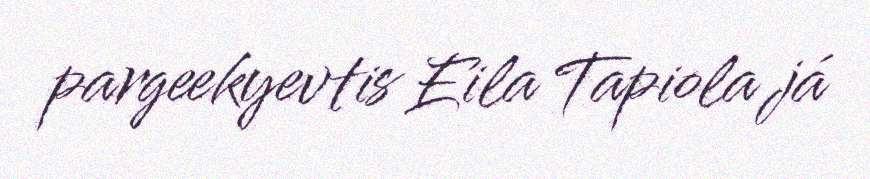
pargeekyevtis Eila Tapiola já